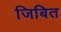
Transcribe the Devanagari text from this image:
जिबित